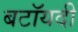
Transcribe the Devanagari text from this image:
बटॉयदी